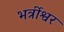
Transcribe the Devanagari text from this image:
भर्त्रीश्वर